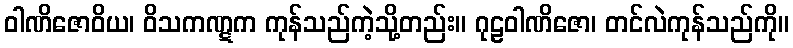
ဝါဏိဇောဝိယ၊ ဝိသကဏ္ဋက ကုန်သည်ကဲ့သို့တည်း။ ဂုဠဝါဏိဇော၊ တင်လဲကုန်သည်ကို။